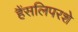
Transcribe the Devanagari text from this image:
हैंसलिपरशे